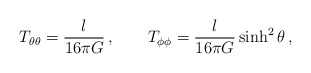
\begin{align*}T_{\theta\theta} = \frac{l}{16\pi G}\,, \qquad T_{\phi\phi} =\frac{l}{16\pi G}\sinh^2\theta\,,\end{align*}